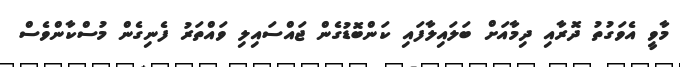
މާވީ އެވަގުތު ދޮރާއި ދިމާއަށް ބަލައިލާފައި ކަންބޮޑުގެން ޖައްސައިލި ވައްތަރު ފެނިގެން މުސްކާންވެސް